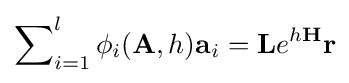
\sum \nolimits _{i=1}^{l}\phi _{i}(\mathbf {A} ,h)\mathbf {a} _{i}=\mathbf {L} e^{h\mathbf {H} }\mathbf {r}